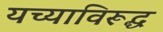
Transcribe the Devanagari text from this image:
यच्याविरूद्ध